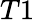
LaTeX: T1